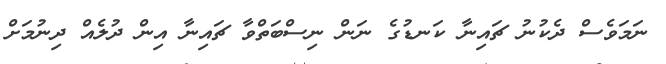
ނަމަވެސް ދެކުނު ޗައިނާ ކަނޑުގެ ނަން ނިސްބަތްވާ ޗައިނާ އިން ދުލެއް ދިނުމަށް